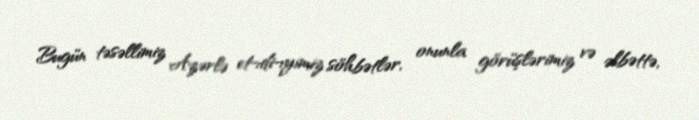
Bugün təsəllimiz Azərlə et¬di¬yimiz söhbətlər, onunla görüşlərimiz və əlbəttə,